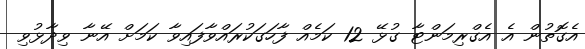
އެގޮތުން އެ އެގްރިމަންޓާ ގުޅޭ 12 ކަމެއް ފާހަގަކުރައްވާފައިވާ ކަމަށް އޭނާ ވިދާޅުވި